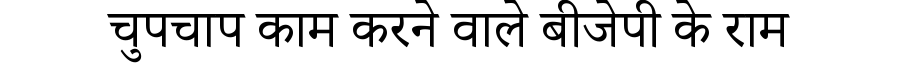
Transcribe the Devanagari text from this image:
चुपचाप काम करने वाले बीजेपी के राम